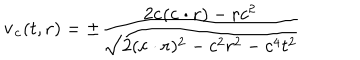
LaTeX: { \bf { v _ { c } } } ( t , { \bf { r } } ) = \pm \frac { 2 { \bf c } ( { \bf { c \cdot r } } ) - { \bf { r } } c ^ { 2 } } { \sqrt { 2 ( { \bf { c \cdot r } } ) ^ { 2 } - c ^ { 2 } r ^ { 2 } - c ^ { 4 } t ^ { 2 } } }